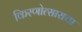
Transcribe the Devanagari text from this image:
किरणोत्साराचा